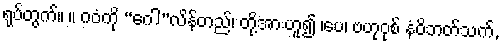
ရုပ်တွက်။ ။ ဂဝံကို “ဂေါ”လိန်တည်၊ တို့အားဟူ၍ ၊ပေ၊ ဗဟုဝုစ် နံဝိဘတ်သက်,